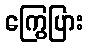
ကြွေပြား